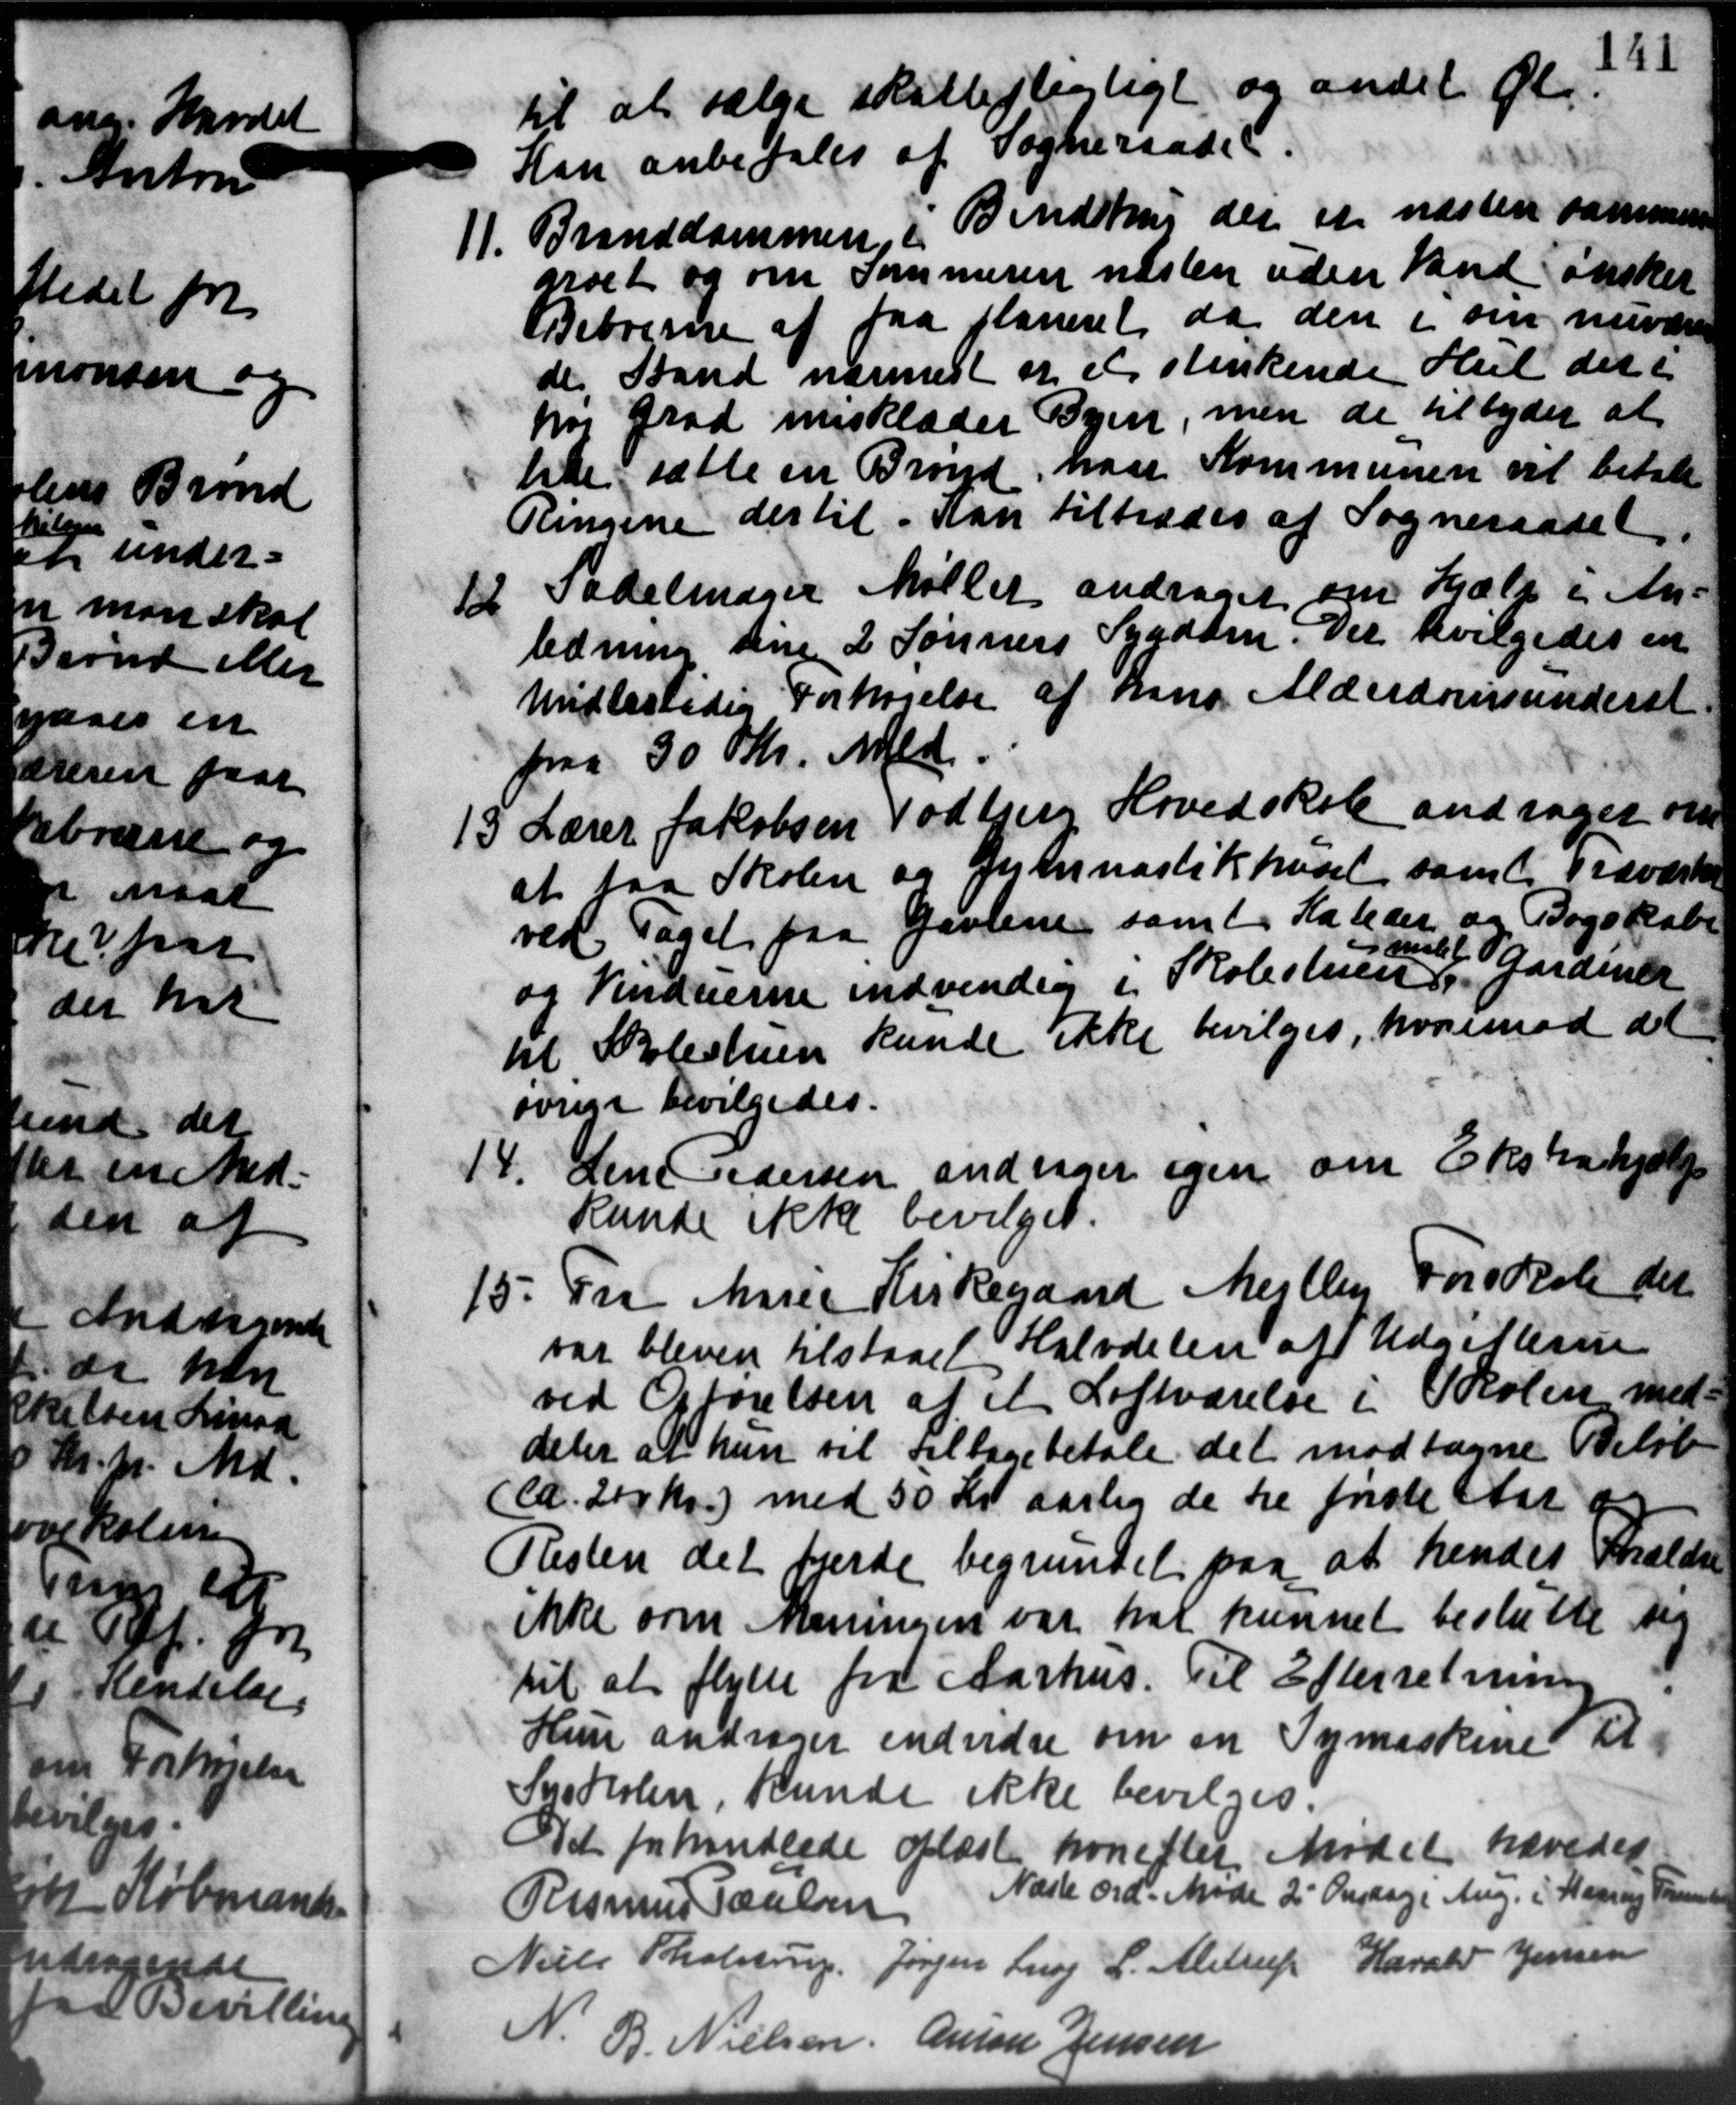
Transskription:
til at sælge skattepligtigt og andet. Gl.
Han anbefales af Sogneraadet.
Bindstrup der at næsten sammen
11. Branddammen, i
11. Branddammen, i
arvet og om Sommeren næsten uden Vand ønsker
Beboerne af faa planeret da den i sin nuvære
de Stand nærmest at et sterkende Hul det i
hos Grad insklæder Byen, men de tilbyder at
lede sætte en Brønd, naar Kommunen vil betale
Ringene der til Kan tiltrædes af Sogneraadet
12 Sadelmager Møller andrager om Hjælp i An-
12 Sadelmager Møller andrager om Hjælp i An-
ledning sin 2 Sønners Sygdom. Der bevilgedes en
Midlertidig Forhøjelse af hans Alderdomsunderst
paa 30 Kr. Md.
15 Lærer Jakobsen Todbjerg Hovedskole andrager om
15 Lærer Jakobsen Todbjerg Hovedskole andrager om
at faa Skolen og Gymnastikhuset samt Udværker
ved Taget paa Gavlene, samt Kateder og Bogskabe
Gamlet Aardenen
og Vinduerne indvendig i Skolestuen s
til Skolestuen kunde ikke bevilges, hvorimod det
øvrige bevilgedes.
14. Lene Pedersen andrager igen om Ekstrahjælp
14. Lene Pedersen andrager igen om Ekstrahjælp
kunde ikke bevilget.
15. Fra Marie Kirkegaard Mejlby Forsskole det
15. Fra Marie Kirkegaard Mejlby Forsskole det
var bleven tilstaaet Halvdelen af Udgifterne
ved Opførelsen af et Loftværelse i Skolen med-
deler at hun vil tilbagebetale det modtagne Beløb
(ca. 200 Kr.) med 50 Kr. aarlig de de første Aar a
Resten det færde begrundet paa at hendes Shældne
ikke som Meningen var har kunnet beslutte sig
til at flytte fra Aarhus. Til Efterretning
1
Hun andrager endvidre om en Symaskine til
Snedkolen, kunde ikke bevilges.
Det forhandlede oplæste hvorefter Mødet hævedes
Rasmus Poulsen
Næste ord. Møde 2 Onsdage Aug. i Haarup Foranst
Niels Tholstrup Jørgen Snog L. Alstrup Harald Jensen
N. B. Nielsen, Amon Jensen